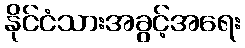
နိုင်ငံသားအခွင့်အရေး